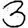
Digit: 3